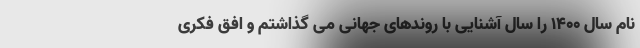
نام سال ۱۴۰۰ را سال آشنایی با روندهای جهانی می گذاشتم و افق فکری